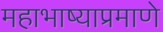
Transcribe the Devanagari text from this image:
महाभाष्याप्रमाणे